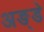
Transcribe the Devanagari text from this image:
अङ्डे